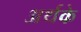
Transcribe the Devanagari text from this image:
अर्थके